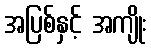
အပြစ်နှင့် အကျိုး